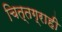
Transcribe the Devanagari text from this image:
चित्तग्राही